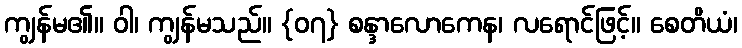
ကျွန်မ၏။ ဝါ၊ ကျွန်မသည်။ {၀၇} စန္ဒာလောကေန၊ လရောင်ဖြင့်။ စေတိယံ၊